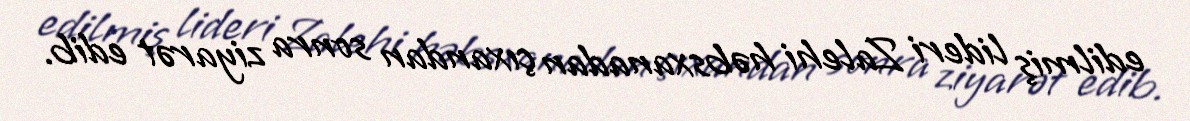
edilmiş lideri Zalehi həbsxanadan çıxandan sonra ziyarət edib.